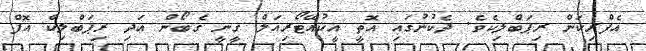
އެފްރިކަން ރިޕަބްލިކެވެ. ދެކުނުގައި އޮތީ އީކުއޭޓޯރިއަލް ގީނީ ގެބޯން އަދި ރިޕަބްލިކް އޮފް